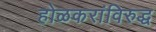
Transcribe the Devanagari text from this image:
होळकरांविरुद्ध